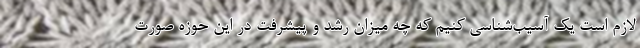
لازم است یک آسیب‌شناسی کنیم که چه میزان رشد و پیشرفت در این حوزه صورت